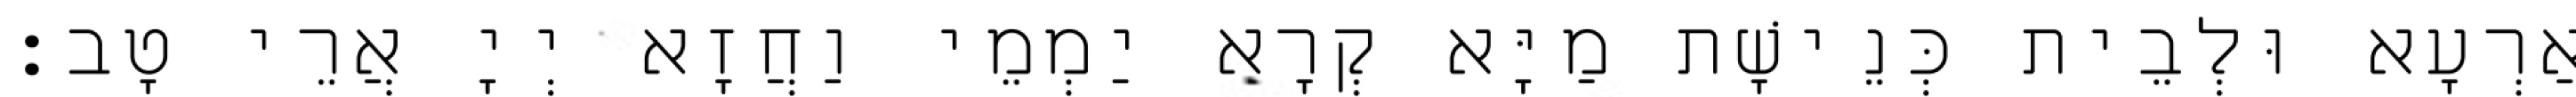
אַרְעָא וּלְבֵית כְּנֵישָׁת מַיָּא קְרָא יַמְמֵי וַחֲזָא יְיָ אֲרֵי טָב׃